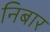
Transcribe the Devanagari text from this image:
निबार